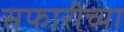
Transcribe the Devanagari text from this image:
सफारीच्या